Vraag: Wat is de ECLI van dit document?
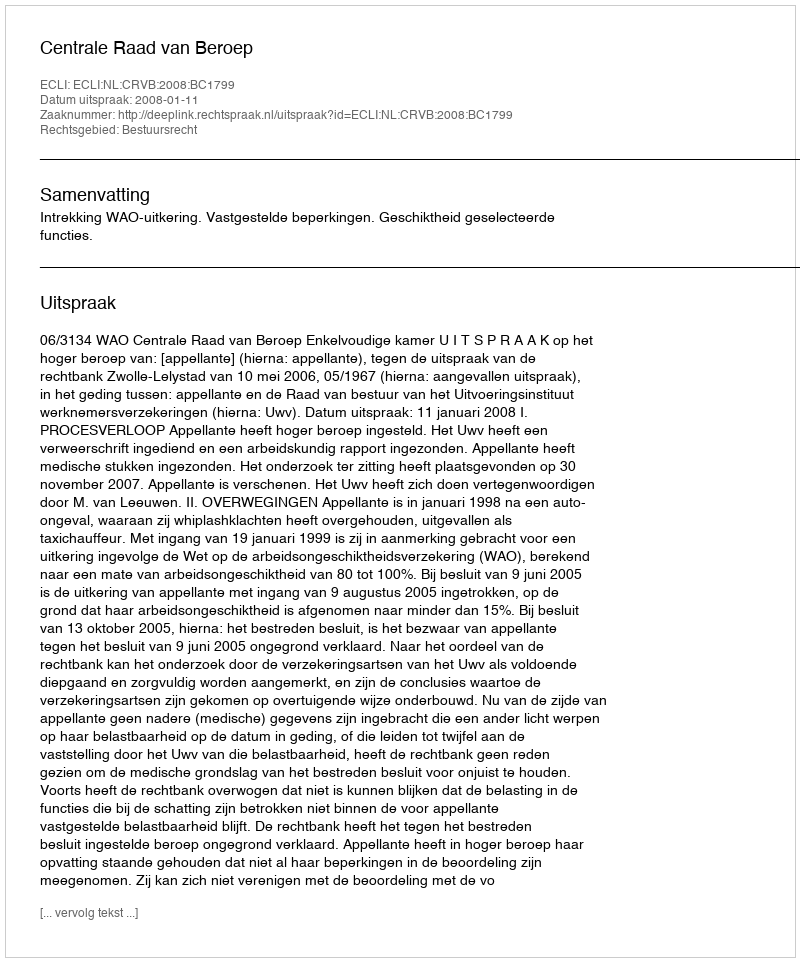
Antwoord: ECLI:NL:CRVB:2008:BC1799